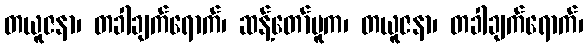
တယူဇနာ၊ တခါချက်ရောက်၊ ဆန့်တော်မူက၊ တယူဇနာ၊ တခါချက်ရောက်၊